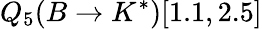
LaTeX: Q_{5}(B\to K^{*})[1.1,2.5]